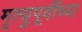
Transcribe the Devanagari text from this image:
मृत्युपूर्वीच्या